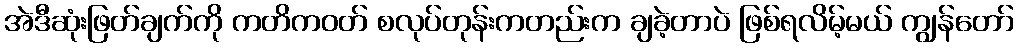
အဲဒီဆုံးဖြတ်ချက်ကို ကတိကဝတ် စလုပ်တုန်းကတည်းက ချခဲ့တာပဲ ဖြစ်ရလိမ့်မယ် ကျွန်တော်